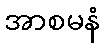
အာစမနံ